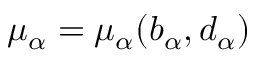
\mu _ { \alpha } = \mu _ { \alpha } ( b _ { \alpha } , d _ { \alpha } )